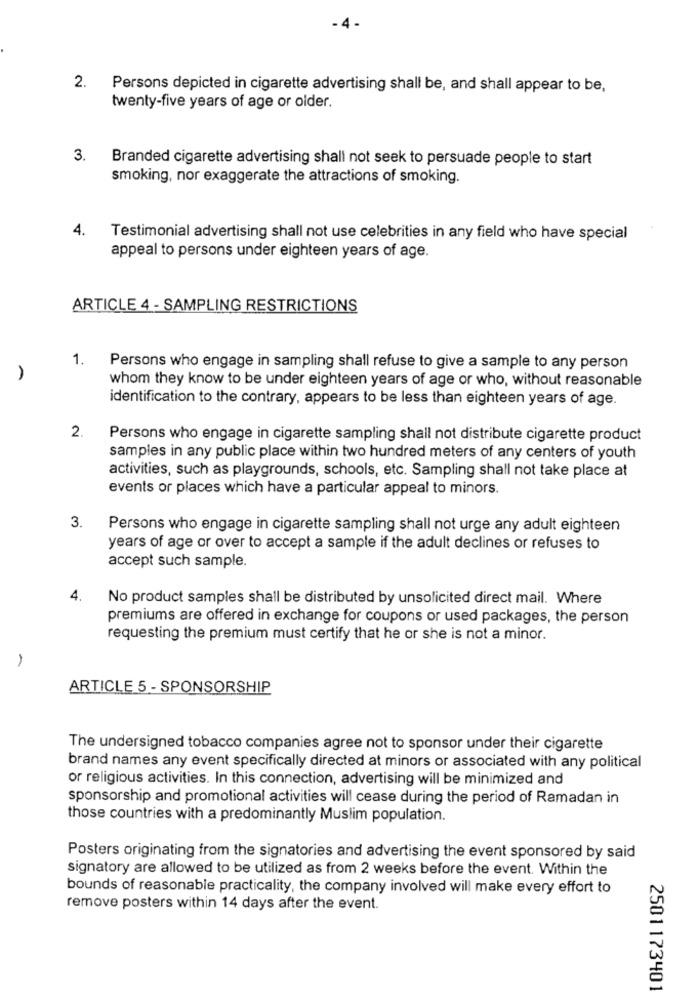
-4 -
2.
Persons depicted in cigarette advertising shall be, and shall appear to be,
twenty-five years of age or older.
3.
Branded cigarette advertising shall not seek to persuade people to start
smoking, nor exaggerate the attractions of smoking.
4.
Testimonial advertising shall not use celebrities in any field who have special
appeal to persons under eighteen years of age.
ARTICLE 4 - SAMPLING RESTRICTIONS
1.
Persons who engage in sampling shall refuse to give a sample to any person
whom they know to be under eighteen years of age or who, without reasonable
identification to the contrary, appears to be less than eighteen years of age.
2.
Persons who engage in cigarette sampling shall not distribute cigarette product
samples in any public place within two hundred meters of any centers of youth
activities, such as playgrounds, schools, etc. Sampling shall not take place at
events or places which have a particular appeal to minors.
3.
Persons who engage in cigarette sampling shall not urge any adult eighteen
years of age or over to accept a sample if the adult declines or refuses to
accept such sample.
4.
No product samples shall be distributed by unsolicited direct mail. Where
premiums are offered in exchange for coupons or used packages, the person
requesting the premium must certify that he or she is not a minor.
-
ARTICLE 5 - SPONSORSHIP
The undersigned tobacco companies agree not to sponsor under their cigarette
brand names any event specifically directed at minors or associated with any political
or religious activities. In this connection, advertising will be minimized and
sponsorship and promotional activities will cease during the period of Ramadan in
those countries with a predominantly Muslim population.
Posters originating from the signatories and advertising the event sponsored by said
signatory are allowed to be utilized as from 2 weeks before the event. Within the
bounds of reasonable practicality, the company involved will make every effort to
remove posters within 14 days after the event.
2501173401